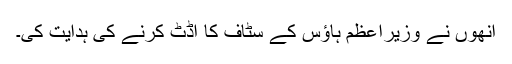
انھوں نے وزیراعظم ہاؤس کے سٹاف کا آڈٹ کرنے کی ہدایت کی۔